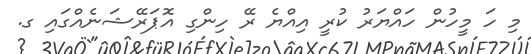
މި ހަ މީހުން ހައްޔަރު ކުރީ އިއްޔެ ރޭ ހިންގި އޮޕަރޭޝަނެއްގައި ގ.